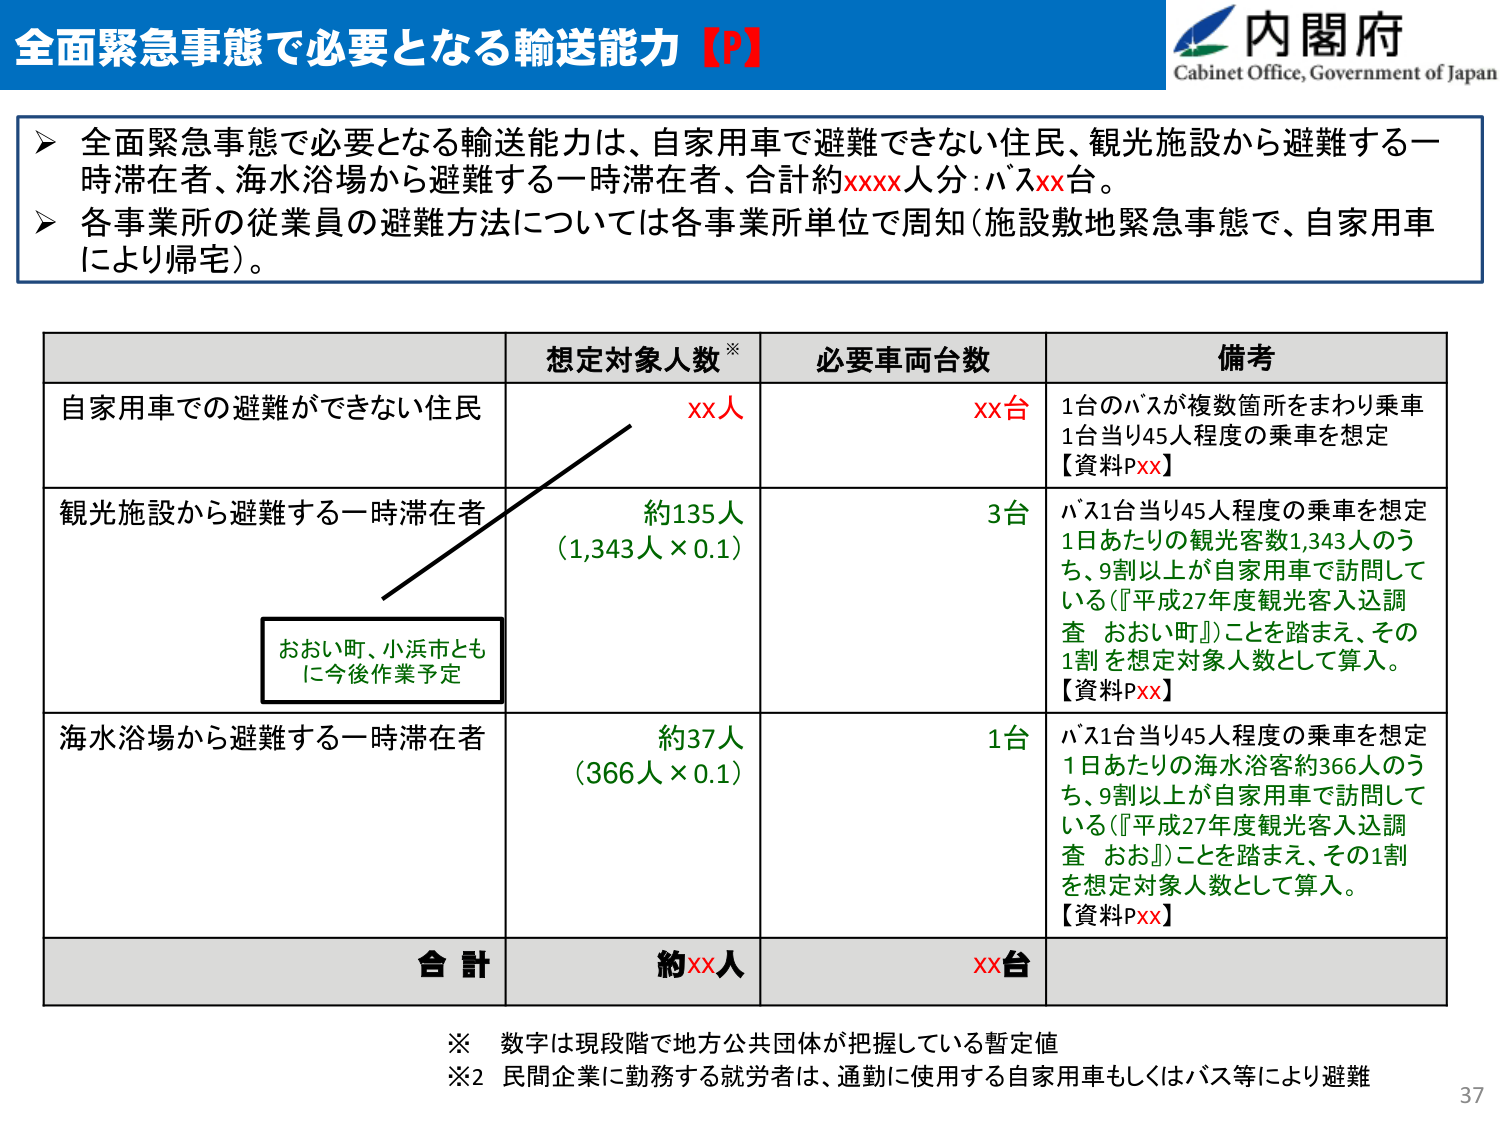
全面緊急事態で必要となる輸送能力【P】
内閣府
Cabinet Office, Government of Japan

▶ 全面緊急事態で必要となる輸送能力は、自家用車で避難できない住民、観光施設から避難する一時滞在者、海水浴場から避難する一時滞在者、合計約xxxx人分：バスxx台。
▶ 各事業所の従業員の避難方法については各事業所単位で周知（施設敷地緊急事態で、自家用車により帰宅）。

想定対象人数※ 必要車両台数 備考
自家用車での避難ができない住民 xx人 xx台 1台のバスが複数箇所をまわり乗車 1台当り45人程度の乗車を想定 【資料Pxx】
観光施設から避難する一時滞在者 約135人 （1,343人×0.1） 3台 バス1台当り45人程度の乗車を想定 1日あたりの観光客数1,343人のうち、9割以上が自家用車で訪問している（『平成27年度観光客入込調査 おおい町』）ことを踏まえ、その1割を想定対象人数として算入。 【資料Pxx】
海水浴場から避難する一時滞在者 約37人 （366人×0.1） 1台 バス1台当り45人程度の乗車を想定 1日あたりの海水浴客約366人のうち、9割以上が自家用車で訪問している（『平成27年度観光客入込調査 おおい』）ことを踏まえ、その1割を想定対象人数として算入。 【資料Pxx】
合計 約xx人 xx台

※ 数字は現段階で地方公共団体が把握している暫定値
※2 民間企業に勤務する就労者は、通勤に使用する自家用車もしくはバス等により避難

おおい町、小浜市ともに今後作業予定

37